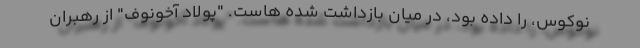
نوکوس، را داده بود، در میان بازداشت شده هاست. "پولاد آخونوف" از رهبران